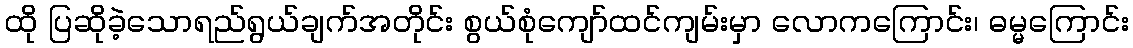
ထို ပြဆိုခဲ့သောရည်ရွယ်ချက်အတိုင်း စွယ်စုံကျော်ထင်ကျမ်းမှာ လောကကြောင်း၊ ဓမ္မကြောင်း